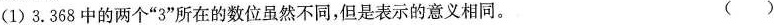
(1)3.368中的两个“3”所在的数位虽然不同，但是表示的意义相同。 ()